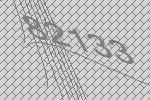
82133